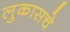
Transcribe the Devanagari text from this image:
लुकासचे